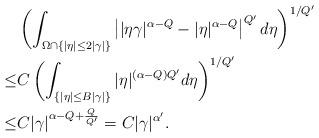
LaTeX: \begin{align*} &\left(\int_{\Omega\cap\{|\eta|\leq 2|\gamma|\}}\left| |\eta\gamma|^{\alpha-Q}-|\eta|^{\alpha-Q}\right|^{Q'} d\eta\right)^{1/Q'}\\ \leq & C\left(\int_{\{|\eta|\leq B|\gamma|\}}|\eta|^{(\alpha-Q)Q'} d\eta\right)^{1/Q'}\\ \leq & C|\gamma|^{\alpha-Q+\frac Q{Q'}}=C|\gamma|^{\alpha'}.\end{align*}